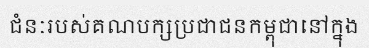
ជំនៈរបស់គណបក្សប្រជាជនកម្ពុជានៅក្នុង